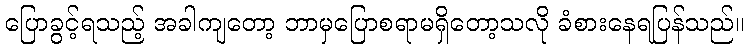
ပြောခွင့်ရသည့် အခါကျတော့ ဘာမှပြောစရာမရှိတော့သလို ခံစားနေရပြန်သည်။